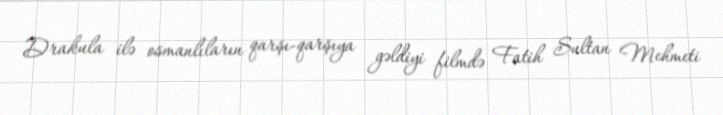
Drakula ilə osmanlıların qarşı-qarşıya gəldiyi filmdə Fatih Sultan Mehmeti